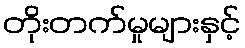
တိုးတက်မှုများနှင့်